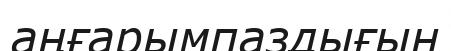
аңғарымпаздығын